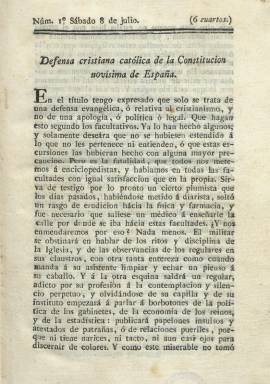
Título: Defensa cristiana católica de la Constitución novísima de España
Colección: Política || Religión
Ámbito geográfico: Valladolid
Lugar de publicación: Valladolid
Fechas: 08/07/1820-21/04/1821

El dominico del convento vallisoletano de San Pablo Fr. Josef Ventura Martínez –conocido también como Fr. Manuel Martínez- empezó a redactar esta “publicación muy curiosa, a caballo entre el siglo dieciocho y los nuevos tiempos” a partir de ocho de julio de 1820, para oponerse a la también recién aparecida Gaceta Pinciana (1820). En entregas semanales (en 8º mayor),  entre ocho y hasta las dieciocho páginas, compuestas a una columna, e impresas por Higinio Roldán, publica largos textos - entre el artículo doctrinal y la crónica-, escritos con un enfoque erudito y estilo rudo para defender la “auténtica” Constitución –que no es otra que la del Doce que acababa de ser restablecida- desde el punto de vista de la “verdadera” religión católica tradicional y cierto despotismo ilustrado, como señala Celso Almuiña Fernández en su estudio sobre La prensa vallisoletana durante el siglo XIX (1977).

Se trata pues de los textos de un neoabsolutista -no intransigente- con apariencia liberal, significativos para conocer cierto “despotismo ilustrado trasnochado”, que rechazaba todo lo que atentara a su juicio contra la doctrina cristiana, pero que evolucionó “rápidamente hacia un absolutismo claro” (Almuiña: 1977). Manuel Revuelta González (1973) señala por su parte que es “sin duda la publicación más constante y aguda de la prensa ortodoxa”, cuyo autor es “más flexible y llano que otros apologetas” de la época.

En su papel como cronista, el autor de la Defensa cristiana… polemizará tanto con la Gaceta y su anónimo redactor, como con, entre otros,  El Liberal silencioso o La Rana Seriphia (1821-1823), que el excapuchino Leoncio Villodrid –Francisco Javier de Arebo- empezará también a publicar en la ciudad para oponerse a su vez al papel periódico del padre maestro de San Pablo.

Con la recuperada libertad de imprenta, promulgada el nueve de marzo de 1820, en el Trienio Liberal (1820-1823) se producirá una nueva eclosión del periodismo español,  y el fraile predicador vallisoletano arremeterá contra lo que tilda de “papeluchos” o “papelones” liberales. Sus entregas número 12 (23 sep. 1820) y 15 (14 oct. 1820) serían denunciadas por el alcalde de Valladolid y la Junta Provincial de Censura –a la que Fr. Ventura Martínez denominó la nueva Inquisición- terminó calificándolas de “sediciosas e injuriosas contra el Congreso Nacional”, proceso que José Eugenio Eguizábal recoge en sus Apuntes para una historia de la legislación española sobre imprenta (1879 y 2003).

Sin embargo, la condena a cuatro años de prisión (que no fuera en cárcel pública) para el entonces octogenario Fr. Josef Ventura Martínez será la que dicte el juez de primera instancia, tras ser denunciado por el procurador síndico general del común de la ciudad de Valladolid, al ser calificados de sediciosos en segundo grado el texto en el que había censurado el entierro de los “pancistas, en el número 42 (que será el último), correspondiente al 21 de abril de 1821, así como en el aparecido en el suplemento al primer artículo del número anterior. Al predicador también se le privó de sus regalías, honores y ocupaciones temporales, al tiempo que se mandó recoger todos sus impresos para que pudieran ser quemados (Gaceta de Madrid, n. 137, 15 mayo 1821, p. 704).

Las entregas de Defensa cristiana…, que  aparecieron cada sábado con paginación continuada, terminaron pues con ese número  42, y su último folio es el 582.  Por de lo indicado en la Gaceta de Madrid, se desprende que debió publicar algún suplemento. Algunas colecciones de este título van al final acompañadas por otros impresos, como el de ocho páginas titulado Consulta secreta que en descargo de su conciencia dirije a los señores publicistas del día uno de sus más celosos adeptos, e impreso por Aparicio en 1820.

El padre Josef Ventura Martínez quedó en libertad a mediados de 1823, y reinició su labor apologética publicando desde el siete de junio al 25 de octubre de ese año un total de 22 números semanales de Apéndices a la Defensa cristiana católica de la Constitución novísima de España, que forman parte de la colección de la Hemeroteca Municipal de Madrid.